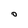
Character: O